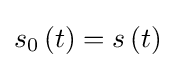
s_{0}\left(t\right)=s\left(t\right)